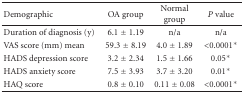
| Demographic | OA group | Normal group | P value |
 | --- | --- | --- | --- |
 | Duration of diagnosis (y) | 6.1 ± 1.19 | n/a | n/a |
 | VAS score (mm) mean | 59.3 ± 8.19 | 4.0 ± 1.89 | <0.0001* |
 | HADS depression score | 3.2 ± 2.34 | 1.5 ± 1.66 | 0.05* |
 | HADS anxiety score | 7.5 ± 3.93 | 3.7 ± 3.20 | 0.01* |
 | HAQ score | 0.8 ± 0.10 | 0.11 ± 0.08 | <0.0001* |